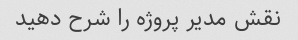
نقش مدیر پروژه را شرح دهید